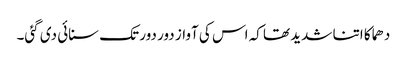
دھماکا اتنا شدید تھا کہ اس کی آواز دور دور تک سنائی دی گئی۔